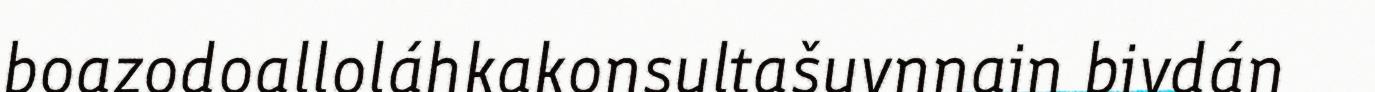
boazodoalloláhkakonsultašuvnnain bivdán